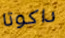
داكوتا